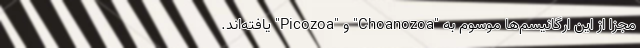
مجزا از این ارگانیسم‌ها موسوم به "Choanozoa" و "Picozoa" یافته‌اند.